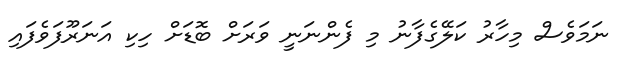
ނަމަވެސް މިހާރު ކަލޭގެފާނު މި ފެންނަނީ ވަރަށް ބޮޑަށް ހިކި އަނަރޫފަވެފައި